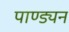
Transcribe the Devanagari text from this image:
पाण्ड्यन